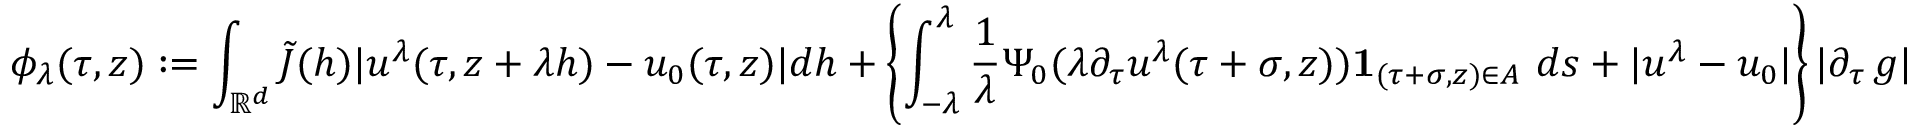
\phi _ { \lambda } ( \tau , z ) : = \int _ { \mathbb { R } ^ { d } } \tilde { J } ( h ) | u ^ { \lambda } ( \tau , z + \lambda h ) - u _ { 0 } ( \tau , z ) | d h + \left\{ \int _ { - \lambda } ^ { \lambda } \frac { 1 } { \lambda } \Psi _ { 0 } ( \lambda \partial _ { \tau } u ^ { \lambda } ( \tau + \sigma , z ) ) { \bf 1 } _ { ( \tau + \sigma , z ) \in A } \ d s + | u ^ { \lambda } - u _ { 0 } | \right\} | \partial _ { \tau } \, g |